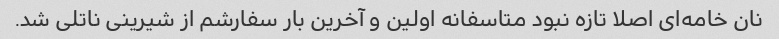
نان خامه‌ای اصلا تازه نبود متاسفانه اولین و آخرین بار سفارشم از شیرینی ناتلی شد.